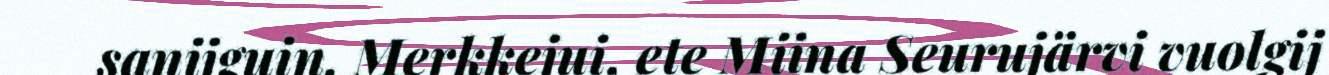
sanijguin. Merkkejui, ete Miina Seurujärvi vuolgij